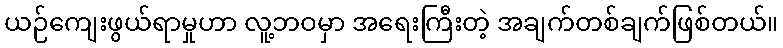
ယဉ်ကျေးဖွယ်ရာမှုဟာ လူ့ဘဝမှာ အရေးကြီးတဲ့ အချက်တစ်ချက်ဖြစ်တယ်။